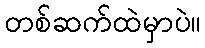
တစ်ဆက်ထဲမှာပဲ။